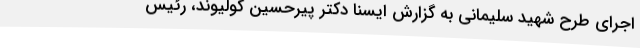
اجرای طرح شهید سلیمانی به گزارش ایسنا دکتر پیرحسین کولیوند، رئیس